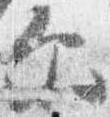
示